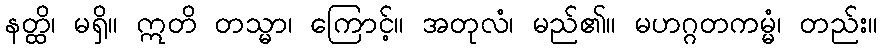
နတ္ထိ၊ မရှိ။ ဣတိ တသ္မာ၊ ကြောင့်။ အတုလံ၊ မည်၏။ မဟဂ္ဂတကမ္မံ၊ တည်း။